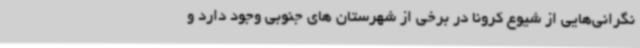
نگرانی‌هایی از شیوع کرونا در برخی از شهرستان های جنوبی وجود دارد و